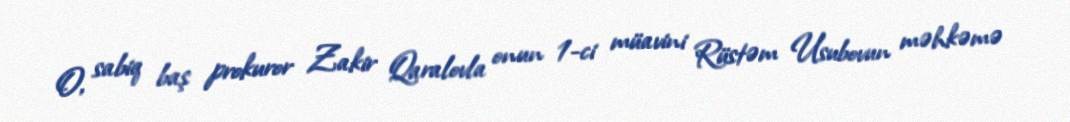
O, sabiq baş prokuror Zakir Qaralovla onun 1-ci müavini Rüstəm Usubovun məhkəmə